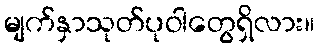
မျက်နှာသုတ်ပုဝါတွေရှိလား။